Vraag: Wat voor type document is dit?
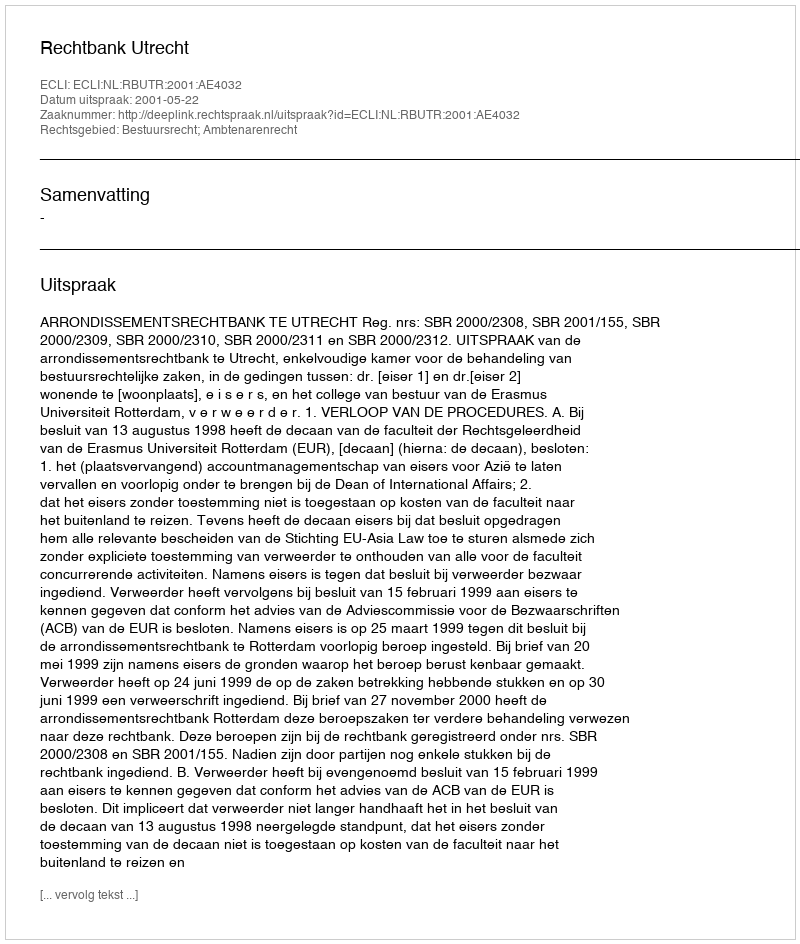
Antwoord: Uitspraak